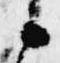
候